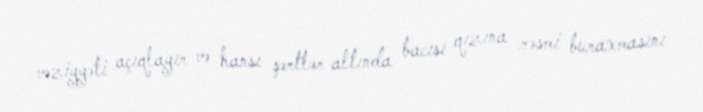
vəziyyəti açıqlayır və hansı şərtlər altında bacısı qızına rəsmi buraxmasını